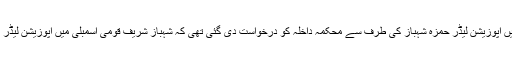
ذرائع کے مطابق قائد حزب اختلاف شہباز شریف کے صاحبزادے پنجاب اسمبلی میں اپوزیشن لیڈر حمزہ شہباز کی طرف سے محکمہ داخلہ کو درخواست دی گئی تھی کہ شہباز شریف قومی اسمبلی میں اپوزیشن لیڈر اور سابق وزیر اعلیٰ پنجاب ہیں اور انہیں استحقاق کے مطابق بی کلاس دی جائے ۔